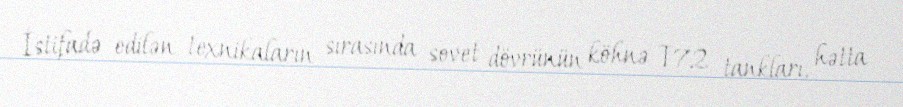
İstifadə edilən texnikaların sırasında sovet dövrünün köhnə T72 tankları, hətta